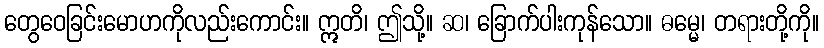
တွေဝေခြင်းမောဟကိုလည်းကောင်း။ ဣတိ၊ ဤသို့။ ဆ၊ ခြောက်ပါးကုန်သော။ ဓမ္မေ၊ တရားတို့ကို။